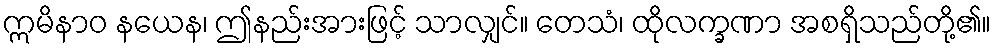
ဣမိနာဝ နယေန၊ ဤနည်းအားဖြင့် သာလျှင်။ တေသံ၊ ထိုလက္ခဏာ အစရှိသည်တို့၏။